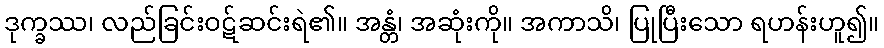
ဒုက္ခဿ၊ လည်ခြင်းဝဋ်ဆင်းရဲ၏။ အန္တံ၊ အဆုံးကို။ အကာသိ၊ ပြုပြီးသော ရဟန်းဟူ၍။